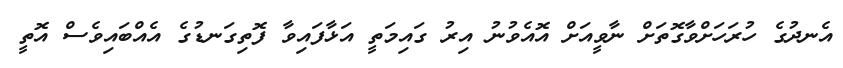
އެނދުގެ ހުރަހަށްވާގޮތަށް ނާވީއަށް އޮއެވުނު އިރު ގައިމަތީ އަޅާފައިވާ ފޮތިގަނޑުގެ އެއްބައިވެސް އޮތީ